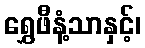
ရွှေဖီနံ့သာနှင့်၊